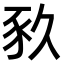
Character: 𧰫